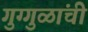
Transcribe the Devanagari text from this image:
गुग्गुळांची